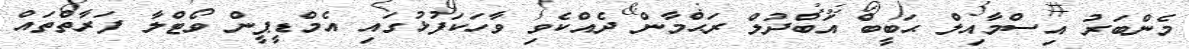
މެންބަރު އިސްމާއިލް ޙަބީބް އަބްދުލް ރަޙްމާން ދެއްކެވި ވާހަކަފުޅުގައި އެމްޑީޕީން ވޯޓްލާ ފަރާތްތައް